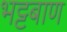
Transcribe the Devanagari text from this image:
भट्टबाण